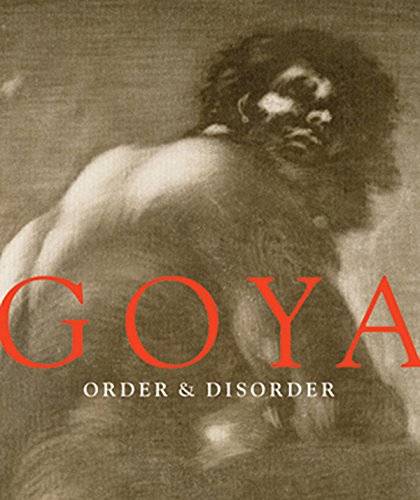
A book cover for Goya: Order & Disorder; Stephanie Stepanek; Arts & Photography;